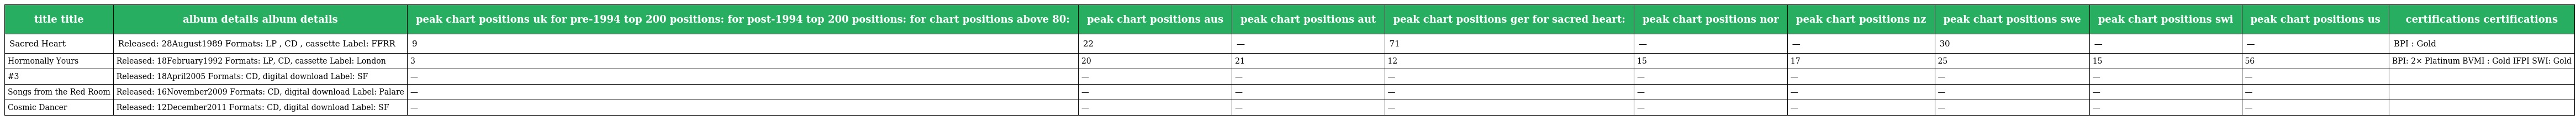
| title title | album details album details | peak chart positions uk for pre-1994 top 200 positions: for post-1994 top 200 positions: for chart positions above 80: | peak chart positions aus | peak chart positions aut | peak chart positions ger for sacred heart: | peak chart positions nor | peak chart positions nz | peak chart positions swe | peak chart positions swi | peak chart positions us | certifications certifications |
 | --- | --- | --- | --- | --- | --- | --- | --- | --- | --- | --- | --- |
 | Sacred Heart | Released: 28August1989 Formats: LP , CD , cassette Label: FFRR | 9 | 22 | — | 71 | — | — | 30 | — | — | BPI : Gold |
 | Hormonally Yours | Released: 18February1992 Formats: LP, CD, cassette Label: London | 3 | 20 | 21 | 12 | 15 | 17 | 25 | 15 | 56 | BPI: 2× Platinum BVMI : Gold IFPI SWI: Gold |
 | #3 | Released: 18April2005 Formats: CD, digital download Label: SF | — | — | — | — | — | — | — | — | — |  |
 | Songs from the Red Room | Released: 16November2009 Formats: CD, digital download Label: Palare | — | — | — | — | — | — | — | — | — |  |
 | Cosmic Dancer | Released: 12December2011 Formats: CD, digital download Label: SF | — | — | — | — | — | — | — | — | — |  |